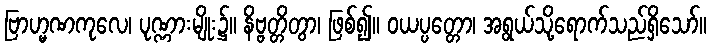
ဗြာဟ္မဏကုလေ၊ ပုဏ္ဏားမျိုး၌။ နိဗ္ဗတ္တိတွာ၊ ဖြစ်၍။ ဝယပ္ပတ္တော၊ အရွယ်သို့ရောက်သည်ရှိသော်။